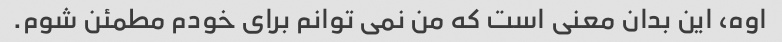
اوه، این بدان معنی است که من نمی توانم برای خودم مطمئن شوم.